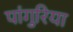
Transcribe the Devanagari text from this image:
पांगुरिया